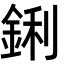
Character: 鋓